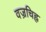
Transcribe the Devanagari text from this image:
वज्रचिह्न